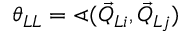
\theta _ { L L } = \sphericalangle ( \vec { Q } _ { L i } , \vec { Q } _ { L j } )